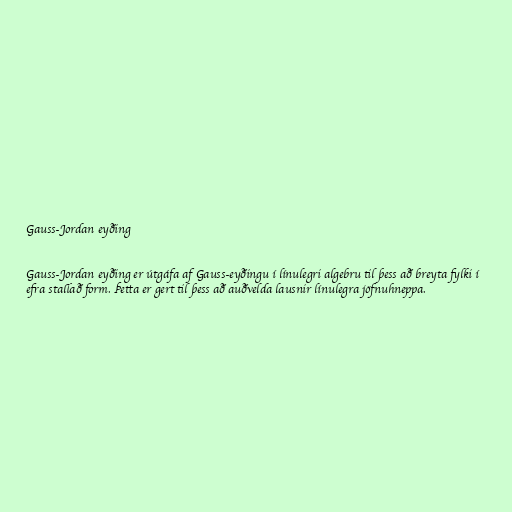
Gauss-Jordan eyðing

Gauss-Jordan eyðing er útgáfa af Gauss-eyðingu í línulegri algebru til þess að breyta fylki í
efra stallað form. Þetta er gert til þess að auðvelda lausnir línulegra jöfnuhneppa.